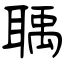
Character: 聥